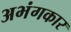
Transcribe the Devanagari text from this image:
अभंगकार